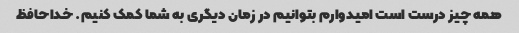
همه چیز درست است امیدوارم بتوانیم در زمان دیگری به شما کمک کنیم. خداحافظ